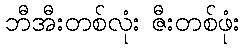
ဘီအီးတစ်လုံး ဇီးတစ်ဖုံး